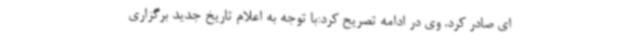
ای صادر کرد. وی در ادامه تصریح کرد:با توجه به اعلام تاریخ جدید برگزاری